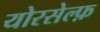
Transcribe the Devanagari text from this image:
योरसेल्फ़